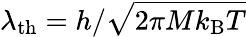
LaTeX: \lambda_{\mathrm{th}}=h/\sqrt{2\pi Mk_{\mathrm{B}}T}